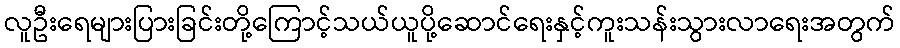
လူဦးရေများပြားခြင်းတို့ကြောင့်သယ်ယူပို့ဆောင်ရေးနှင့်ကူးသန်းသွားလာရေးအတွက်